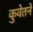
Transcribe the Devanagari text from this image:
कुवेतने